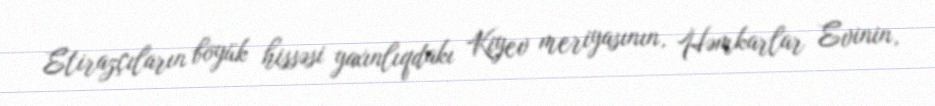
Etirazçıların böyük hissəsi yaxınlıqdakı Kiyev meriyasının, Həmkarlar Evinin,